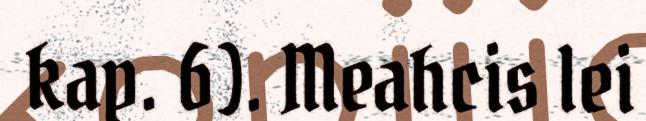
kap. 6). Meahcis lei